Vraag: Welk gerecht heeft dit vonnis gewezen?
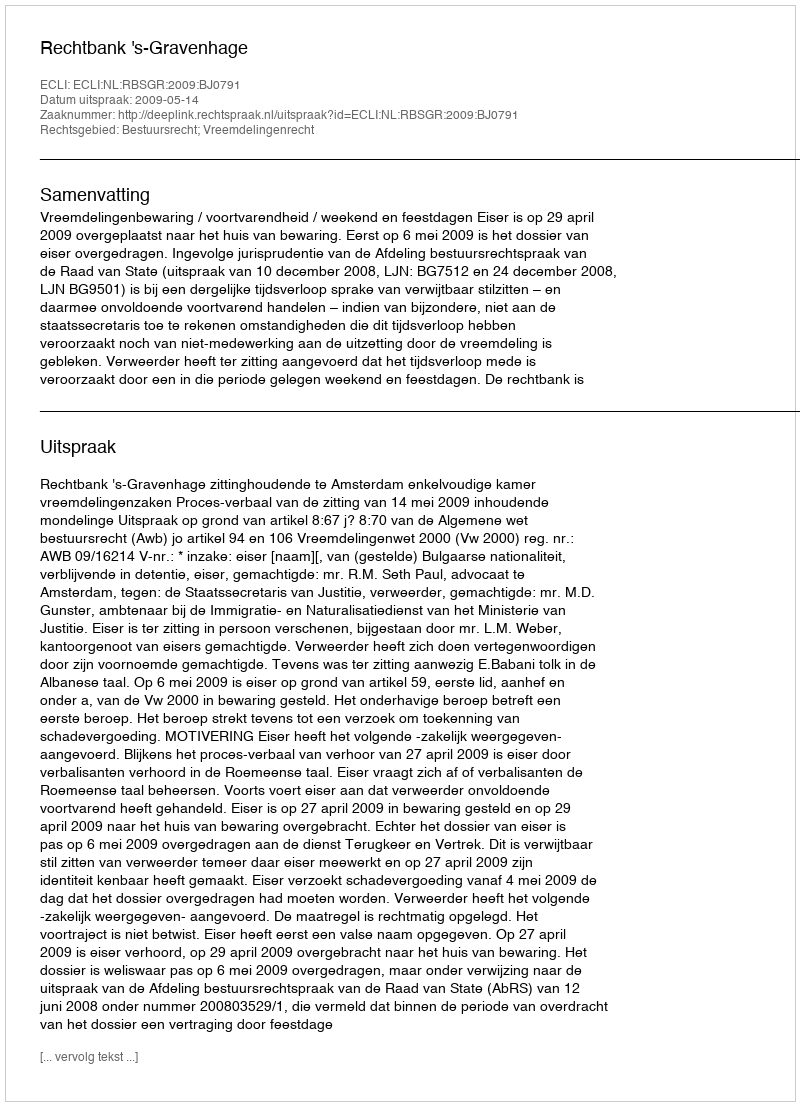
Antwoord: Rechtbank 's-Gravenhage